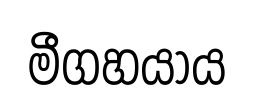
මීගහයාය